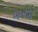
બનવા